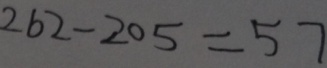
2 6 2 - 2 0 5 = 5 7